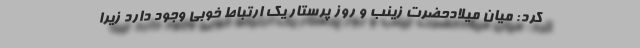
کرد: میان میلادحضرت زینب و روز پرستار یک ارتباط خوبی وجود دارد زیرا